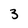
Character: 3